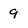
Character: 9